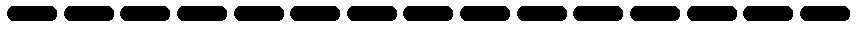
---------------